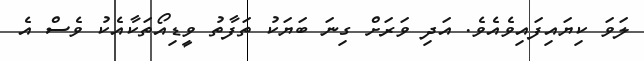
ލަވަ ކިޔައިފައިވެއެވެ. އަދި ވަރަށް ގިނަ ބަޔަކު ތަފާތު ވީޑިއޯތަކާއެކު ވެސް އެ